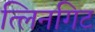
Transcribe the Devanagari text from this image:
त्लिनगिट